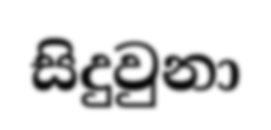
සිදුවුනා